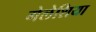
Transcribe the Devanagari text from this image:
गेलेशिया